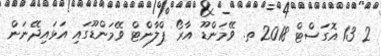
2 13 އޮގަސްޓް 2018 ތ. ވޭމަންޑޫ އާރޯ ޕްލާންޓް ވޭމަންޑޫގައި އަޅައިދޭނަން